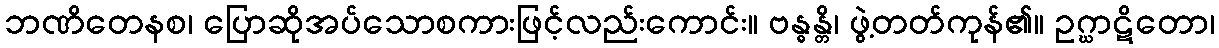
ဘဏိတေနစ၊ ပြောဆိုအပ်သောစကားဖြင့်လည်းကောင်း။ ဗန္ဓန္တိ၊ ဖွဲ့တတ်ကုန်၏။ ဥဂ္ဃာဋိတော၊